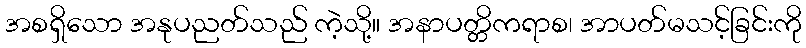
အစရှိသော အနုပညတ်သည် ကဲ့သို့။ အနာပတ္တိကရာစ၊ အာပတ်မသင့်ခြင်းကို